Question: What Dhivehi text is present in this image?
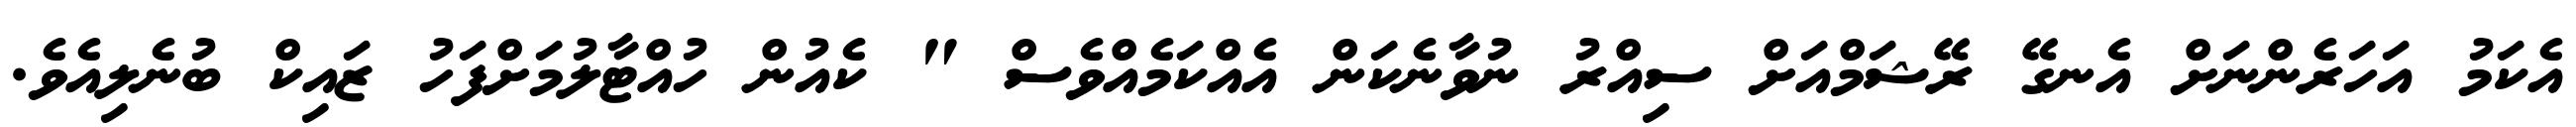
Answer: އެކަމު އަހަރެންނަށް އެނގޭ ރޭޝަމްއަށް ސިއްރު ނުވާނެކަން އެއްކަމެއްވެސް " ކެއުން ހުއްޓާލުމަށްފަހު ޒައިކް ބުނެލިއެވެ.